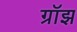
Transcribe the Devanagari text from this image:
ग्रॉझ